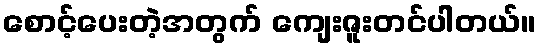
စောင့်ပေးတဲ့အတွက် ကျေးဇူးတင်ပါတယ်။